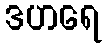
ဒဟရေ